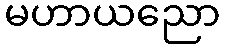
မဟာယညော